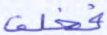
فخلف